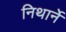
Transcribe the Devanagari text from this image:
निथार्ने